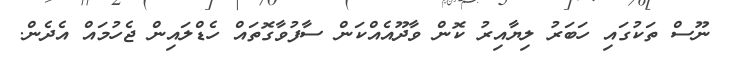
ނޫސް ތަކުގައި ހަބަރު ލިޔާއިރު ކޮން ވާދޫއެއްކަން ސާފުވާގޮތައް ހެޑްލައިން ޖެހުމައް އެދެން.